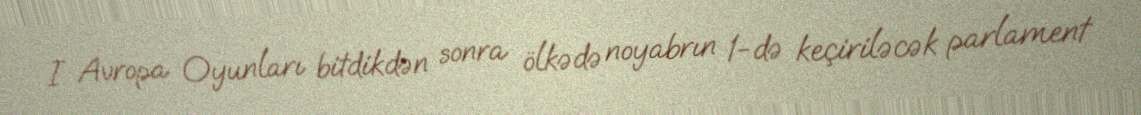
I Avropa Oyunları bitdikdən sonra ölkədə noyabrın 1-də keçiriləcək parlament